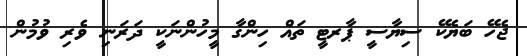
ޖެހޭ ބަޔެކޭ ސިޔާސީ ޕާރޓީ ތައް ހިންގާ މީހުންނަކީ ދަރަނި ވެރި ވުމުން